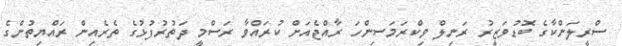
ސްރީލަންކާގެ ބޮޑުވަޒީރު ރަނިލް ވިކްރަމަސިންހަ ރާއްޖެއަށް ކުރައްވާ ރަސްމީ ދަތުރުފުޅުގެ ތެރެއިން ރައްޔިތުންގެ